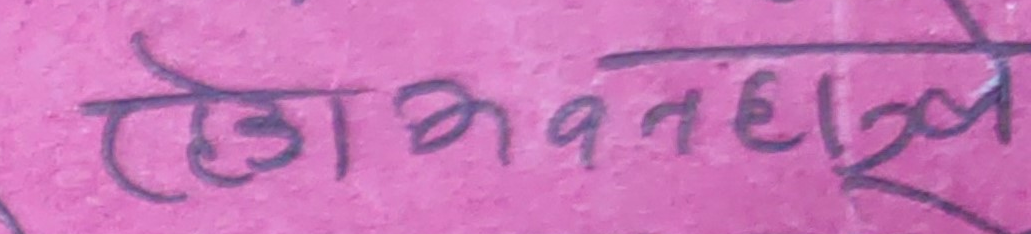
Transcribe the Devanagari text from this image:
लेखावहाज्य